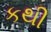
કથી